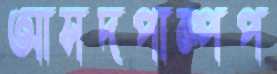
আসদপাম্পপ